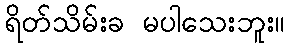
ရိတ်သိမ်းခ မပါသေးဘူး။